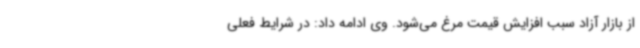
از بازار آزاد سبب افزایش قیمت مرغ می‌شود. وی ادامه داد: در شرایط فعلی